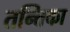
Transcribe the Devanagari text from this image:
तन्तिका